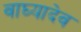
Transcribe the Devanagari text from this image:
वाघ्यादेव